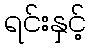
ရင်းနှင့်